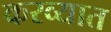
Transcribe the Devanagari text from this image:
करव्यात